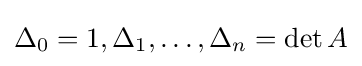
\Delta _{0}=1,\Delta _{1},\ldots ,\Delta _{n}=\det A